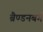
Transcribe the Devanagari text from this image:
ब्रैण्डनबर्ग